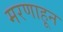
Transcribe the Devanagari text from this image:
मरणाहून